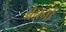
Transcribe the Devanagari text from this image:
बेचनों